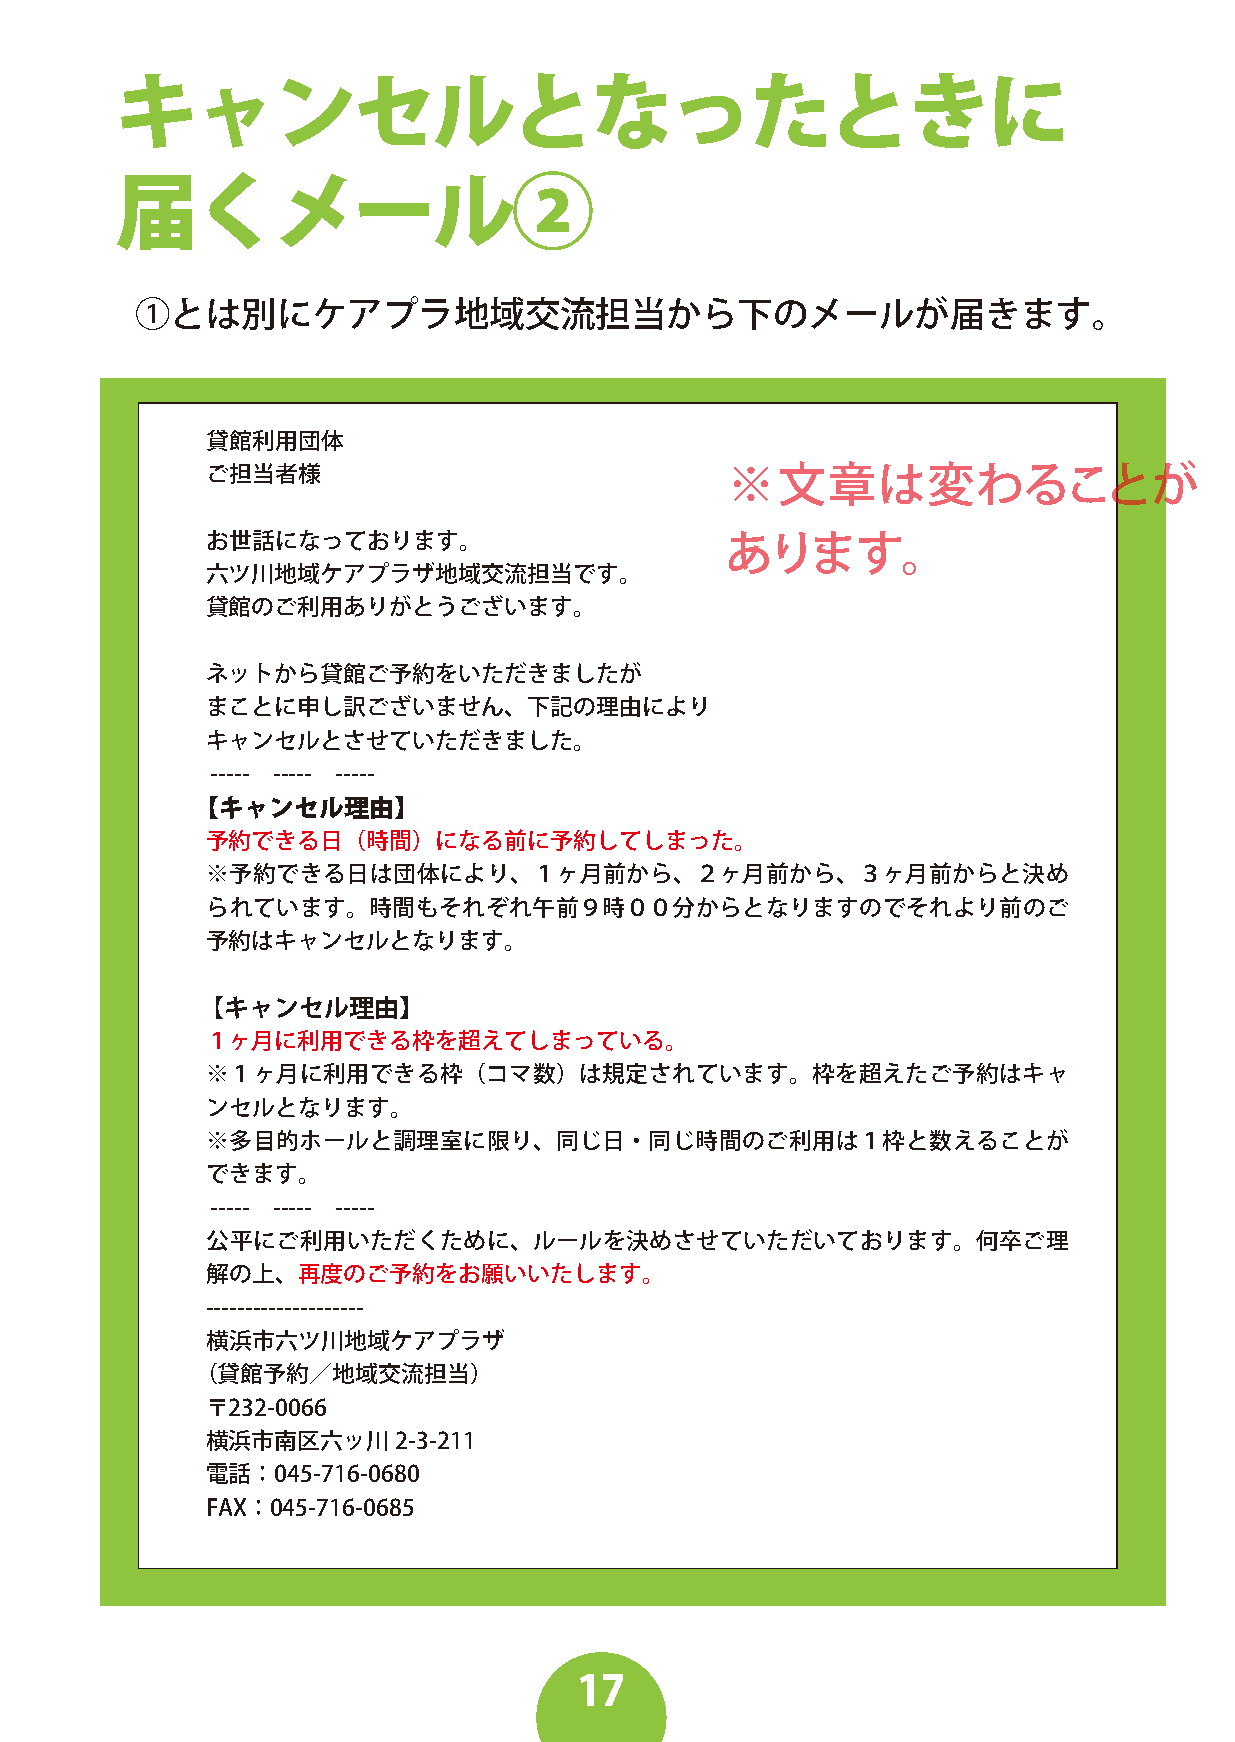
キャンセルとなったときに
 届くメール②
 ①とは別にケアプラ地域交流担当から下のメールが届きます。
 貸館利用団体
 ご担当者様                             ※文章は変わることが
 お世話になっております。
 あります。
 六ツ川地域ケアプラザ地域交流担当です。
 貸館のご利用ありがとうございます。
 ネットから貸館ご予約をいただきましたが
 まことに申し訳ございません、下記の理由により
 キャンセルとさせていただきました。
 ----- ----- -----
 【キャンセル理由】
 予約できる日（時間）になる前に予約してしまった。
 ※予約できる日は団体により、１ヶ月前から、２ヶ月前から、３ヶ月前からと決め
 られています。時間もそれぞれ午前９時００分からとなりますのでそれより前のご
 予約はキャンセルとなります。
 【 キャンセル理由】
 １ヶ月に利用できる枠を超えてしまっている。
 ※１ヶ月に利用できる枠（コマ数）は規定されています。枠を超えたご予約はキャ
 ンセルとなります。
 ※多目的ホールと調理室に限り、同じ日・同じ時間のご利用は１枠と数えることが
 できます。
 ----- ----- -----
 公平にご利用いただくために、ルールを決めさせていただいております。何卒ご理
 解の上、再度のご予約をお願いいたします。
 --------------------
 横浜市六ツ川地域ケアプラザ
 （貸館予約／地域交流担当）
 〒232-0066
 横浜市南区六ッ川2-3-211
 電話：045-716-0680
 FAX：045-716-0685
 17